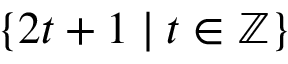
\{ 2 t + 1 \mid t \in \mathbb { Z } \}